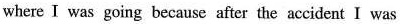
where I was going because after the accident I was